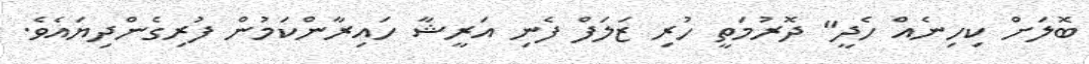
ބޮލަށް ކިހިނެއް ހެދީ" ދޮރުމަތީ ހުރި ޒަލަފް ފެނި އަރީޝާ ހައިރާންކަމުން ފުރިގެންދިޔައެވެ.